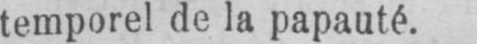
temporel de la papauté.